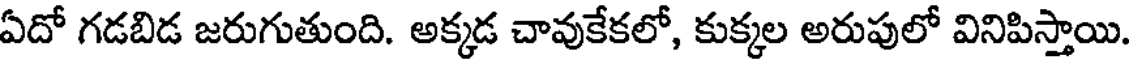
ఏదో గడబిడ జరుగుతుంది. అక్కడ చావుకేకలో, కుక్కల అరుపులో వినిపిస్తాయి.